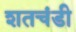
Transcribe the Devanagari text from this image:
शतचंडी